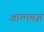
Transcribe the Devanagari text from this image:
आत्मयज्ञ